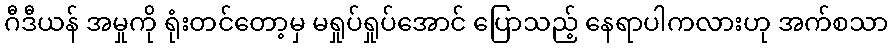
ဂီဒီယန် အမှုကို ရုံးတင်တော့မှ မရှုပ်ရှုပ်အောင် ပြောသည့် နေရာပါကလားဟု အက်စသာ